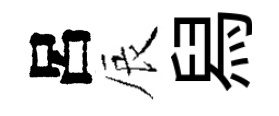
呂辰舄